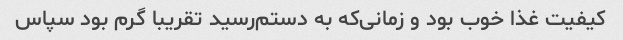
کیفیت غذا خوب بود و زمانی‌که به دستم‌رسید تقریبا گرم‌ بود سپاس